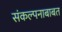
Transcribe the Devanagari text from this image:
संकल्पनाबाबत